Lock hospitals Punjab
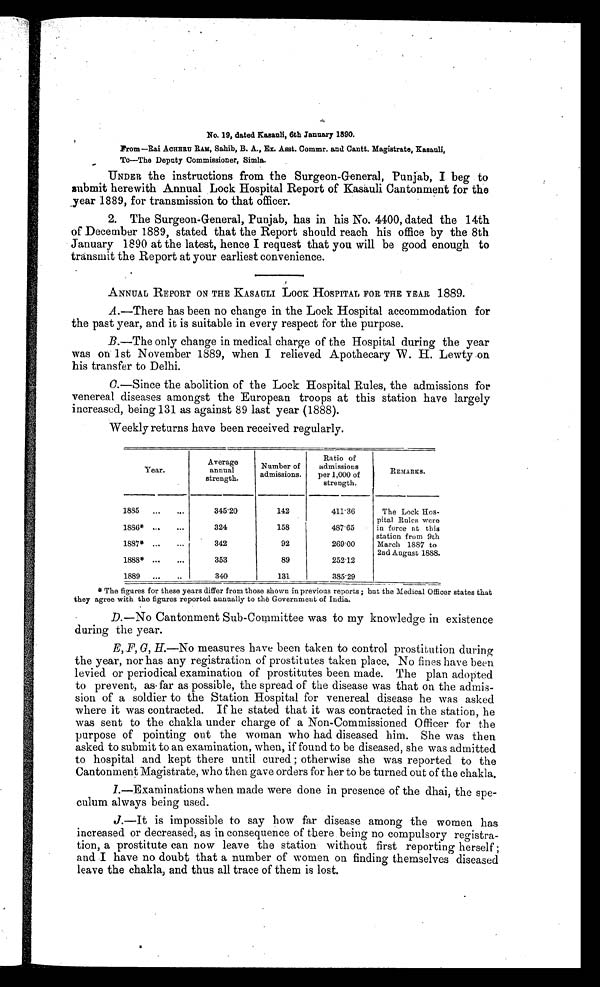
No. 19, dated Kasauli, 6th January 1890.
From—Rai ACHHRU RAM, Sahib, B. A., Ex. Asst. Commr. and Cantt. Magistrate, Kasauli,
To—The Deputy Commissioner, Simla.
UNDER the instructions from the Surgeon-General, Punjab, I beg to
submit herewith Annual Lock Hospital Report of Kasauli Cantonment for the
year 1889, for transmission to that officer.
2. The Surgeon-General, Punjab, has in his No. 4400, dated the 14th
of December 1889, stated that the Report should reach his office by the 8th
January 1890 at the latest, hence I request that you will be good enough to
transmit the Report at your earliest convenience.
ANNUAL REPORT ON THE KASAULI LOCK HOSPITAL FOR THE YEAR 1889.
A .—There has been no change in the Lock Hospital accommodation for
the past year, and it is suitable in every respect for the purpose.
B.—The only change in medical charge of the Hospital during the year
was on 1st November 1889, when I relieved Apothecary W. H. Lewty on
his transfer to Delhi.
C
.—Since the abolition of the Lock Hospital Rules, the admissions for
venereal diseases amongst the European troops at this station have largely
increased, being 131 as against 89 last year (1888).
Weekly returns have been received regularly.
Year.
Average
annual
strength.
Number of
admissions.
Ratio of
admissions
per 1,000 of
strength.
REMARKS.
1885
. . .
. . .
345.20
1 4 . 2
411.36
The Lock Hos-
pital Rules were
in force at this
station from 9th
March 1887 to
2nd August 1888.
1886*
...
...
324
158
487.65
1887* . . .
. . .
342
92
269.00
1888* . . .
...
353
89
252.12
1889
...
..
340
131
385.29
*The figures for these years differ from those shown in previous reports ; but the Medical Officer states that
they agree with the figures reported annually to the Government of India.
D.—No Cantonment Sub-Committee was to my knowledge in existence
during the year.
E, F, G, H.—No measures have been taken to control prostitution during
the year, nor has any registration of prostitutes taken place. No fines have been
levied or periodical examination of prostitutes been made. The plan adopted
to prevent, as far as possible, the spread of the disease was that on the admis-
sion of a soldier to the Station Hospital for venereal disease he was asked
where it was contracted. If he stated that it was contracted in the station, he
was sent to the chakla under charge of a Non-Commissioned Officer for the
purpose of pointing out the woman who had diseased him. She was then
asked to submit to an examination, when, if found to be diseased, she was admitted
to hospital and kept there until cured ; otherwise she was reported to the
Cantonment Magistrate, who then gave orders for her to be turned out of the chakla.
I
.—Examinations when made were done in presence of the dhai, the spe-
culum always being used.
J.—It is impossible to say how far disease among the women has
increased or decreased, as in consequence of there being no compulsory registra-
tion, a prostitute can now leave the station without first reporting herself ;
and I have no doubt that a number of women on finding themselves diseased
leave the chakla, and thus all trace of them is lost.